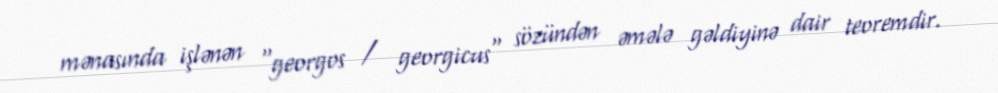
mənasında işlənən "georgos / georgicus" sözündən əmələ gəldiyinə dair teoremdir.